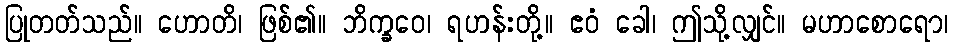
ပြုတတ်သည်။ ဟောတိ၊ ဖြစ်၏။ ဘိက္ခဝေ၊ ရဟန်းတို့။ ဧဝံ ခေါ၊ ဤသို့လျှင်။ မဟာစောရော၊